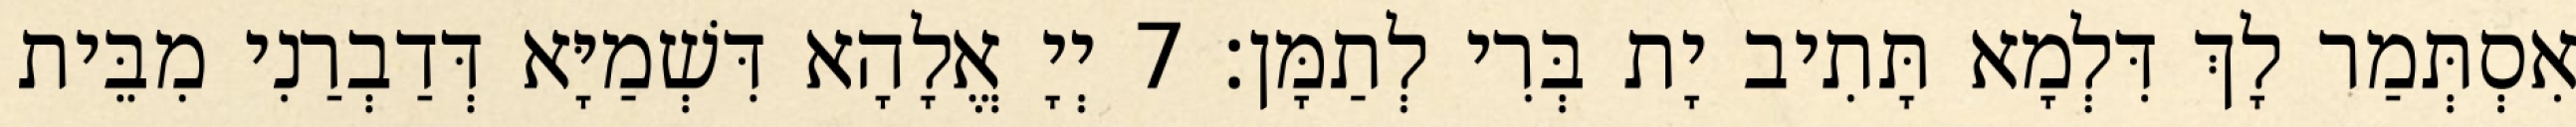
אִסְתְּמַר לָךְ דִּלְמָא תָּתִיב יָת בְּרִי לְתַמָּן׃ 7 יְיָ אֱלָהָא דִּשְׁמַיָּא דְּדַבְרַנִי מִבֵּית